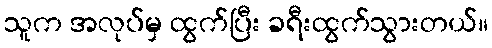
သူက အလုပ်မှ ထွက်ပြီး ခရီးထွက်သွားတယ်။